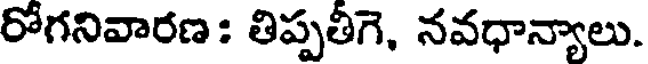
రోగనివారణ : తిప్పతీగె, నవధాన్యాలు.